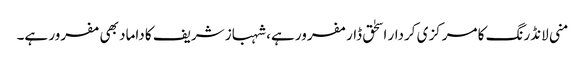
منی لانڈرنگ کا مرکزی کردار اسحٰق ڈار مفرور ہے، شہباز شریف کا داماد بھی مفرور ہے۔